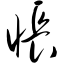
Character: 怅